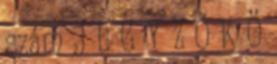
szám J E G Y Z Ő K Ö